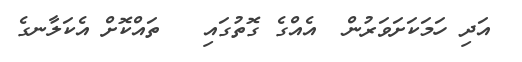
އަދި ހަމަކަށަވަރުން  އެއްގެ ގޮތުގައި   ތައްކޮށް އެކަލާނގެ